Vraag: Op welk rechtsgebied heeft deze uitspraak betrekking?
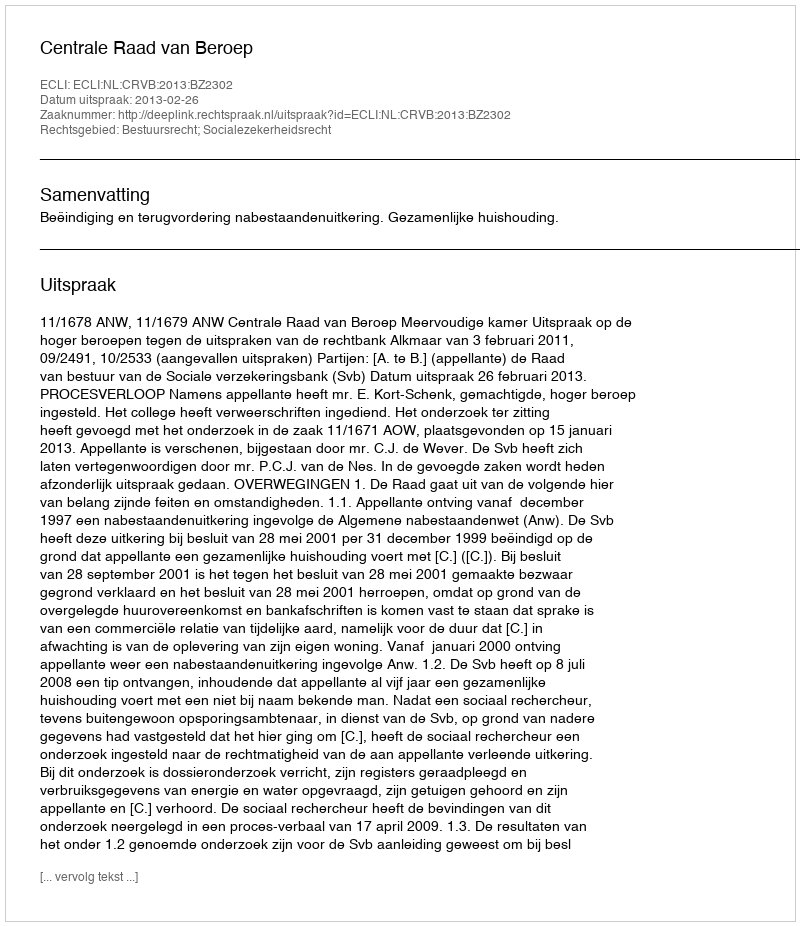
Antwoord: Bestuursrecht; Socialezekerheidsrecht